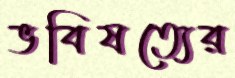
ভবিষত্যের